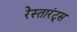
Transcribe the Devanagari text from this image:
रेस्तारंट्स